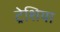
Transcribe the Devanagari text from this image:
ट्रेशिया